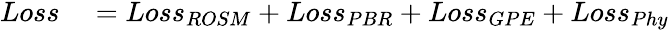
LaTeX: \begin{array}{rl}{Loss}&{{}=Loss_{ROSM}+Loss_{PBR}+Loss_{GPE}+Loss_{Phy}}\end{array}